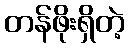
တန်ဖိုးရှိတဲ့